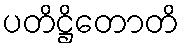
ပတိဋ္ဌိတောတိ